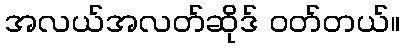
အလယ်အလတ်ဆိုဒ် ဝတ်တယ်။